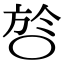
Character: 㫈